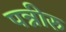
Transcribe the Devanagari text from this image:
पन्नीरु